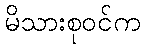
မိသားစုဝင်က